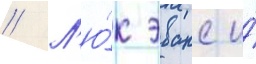
// Л'ю́к эванс и́